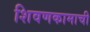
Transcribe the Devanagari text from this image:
शिवणकामाची